Civil Veterinary Dept. Bombay admin report 1932-41 - 1932-1941
Year: 1932
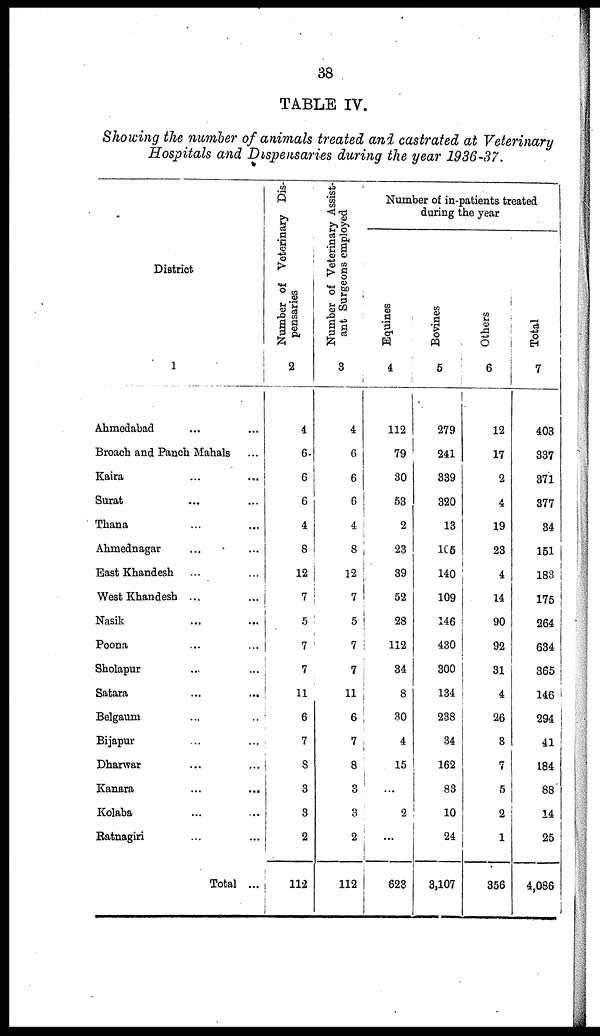
38
TABLE IV.
Showing the number of animals treated and castrated at Veterinary
Hospitals and Dispensaries during the year 1936-37.
District
1
Ahmedabad ... ...
Broach and Panch Mahals ...
Kaira
...
...
Surat ... ...
Thana ... ...
Ahmednagar
...
...
East Khandesh
...
...
West Khandesh ...
...
Nasik
...
...
Poona
...
...
Sholapur ... ...
Satara
...
...
Belgaum ... ...
Bijapur ... ...
Dharwar ... ...
Kanara ... ...
Kolaba ... ...
Ratnagiri ... ...
Total ...
Number of Veterinary Dis-
pensaries
2
4
6.
6
6
4
8
12
7
5
7
7
11
6
7
8
3
3
2
112
Number of Veterinary Assist-
ant Surgeons employed
3
4
6
6
6
4
8
12
7
5
7
7
11
6
7
8
3
3
2
112
Number of in-patients treated
during the year
Equines
4
112
79
30
53
2
23
39
52
28
112
34
8
30
4
15
...
2
...
823
Bovines
5
279
241
339
320
13
105
140
109
146
430
300
134
238
34
162
83
10
24
3,107
Ot her s
6
12
17
2
4
19
23
4
14
90
92
31
4
26
8
7
5
2
1
356
Tot al
7
403
337
371
377
34
151
183
175
264
634
365
146
294
41
184
88
14
25
4,086